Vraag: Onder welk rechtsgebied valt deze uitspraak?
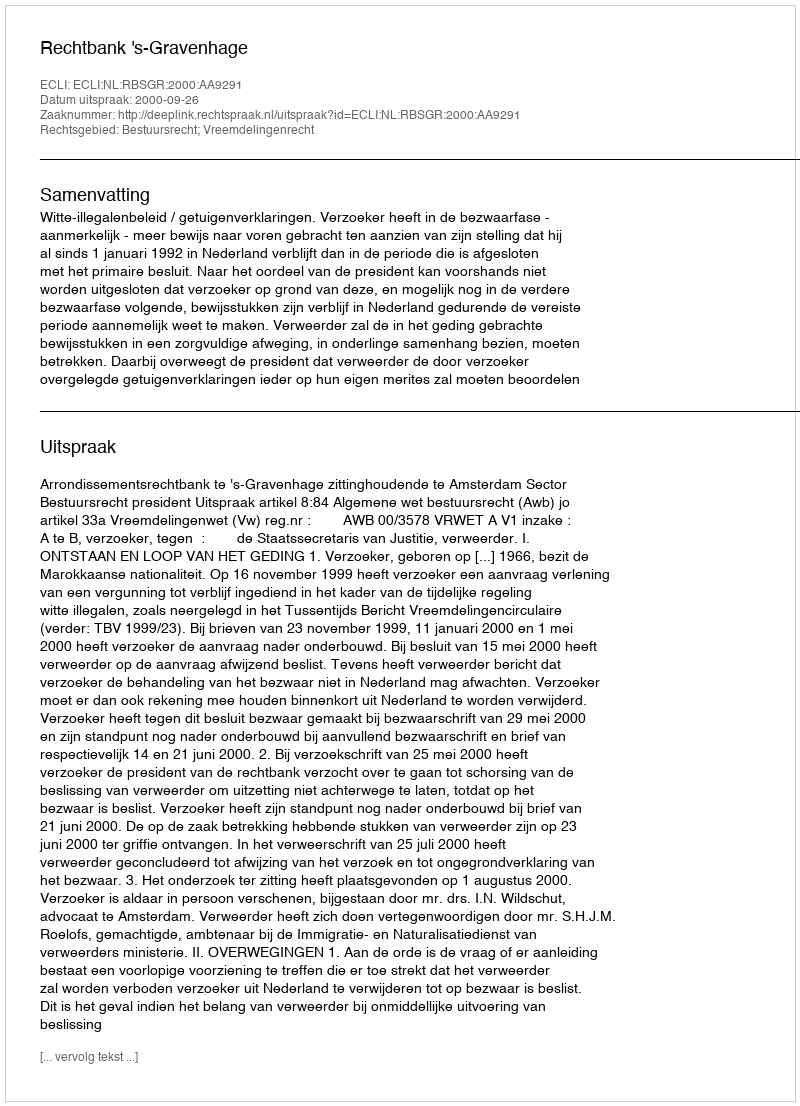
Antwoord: Bestuursrecht; Vreemdelingenrecht